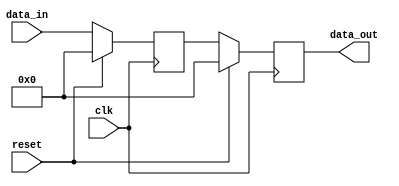
module synchronous_reset (
    input wire clk,          // Clock input
    input wire reset,        // Active high reset input
    input wire [7:0] data_in, // Example data input
    output reg [7:0] data_out // Example data output
);

// Internal state register
reg [7:0] internal_state;

// Synchronous reset and state update logic
always @(posedge clk) begin
    if (reset) begin
        // Reset condition: initialize internal state to zero
        internal_state <= 8'b0; // or assign a specific reset value
        data_out <= 8'b0;        // Reset output as well
    end else begin
        // Normal operation: update internal state based on input
        internal_state <= data_in; // Example operation
        data_out <= internal_state; // Example output assignment
    end
end

endmodule